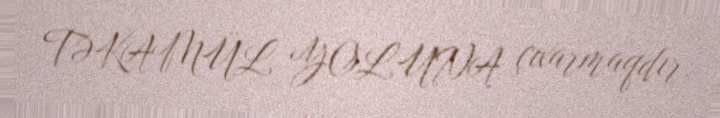
TƏKAMÜL YOLUNA çıxarmaqdır.